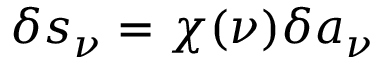
\delta s _ { \nu } = \chi ( \nu ) \delta a _ { \nu }